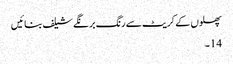
پھلوں کے کریٹ سے رنگ برنگے شیلف بنائیں
14۔